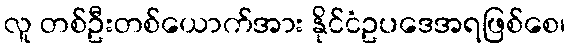
လူ တစ်ဦးတစ်ယောက်အား နိုင်ငံဥပဒေအရဖြစ်စေ၊